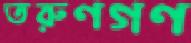
তরুণগণ